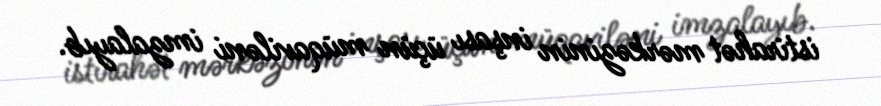
istirahət mərkəzinin inşası üçün müqaviləni imzalayıb.